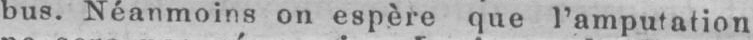
bus. Néanmoins on espère que l’amputation